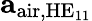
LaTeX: \mathbf{a}_{\mathrm{air},\mathrm{HE}_{11}}